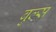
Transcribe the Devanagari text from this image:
बुल्‍स